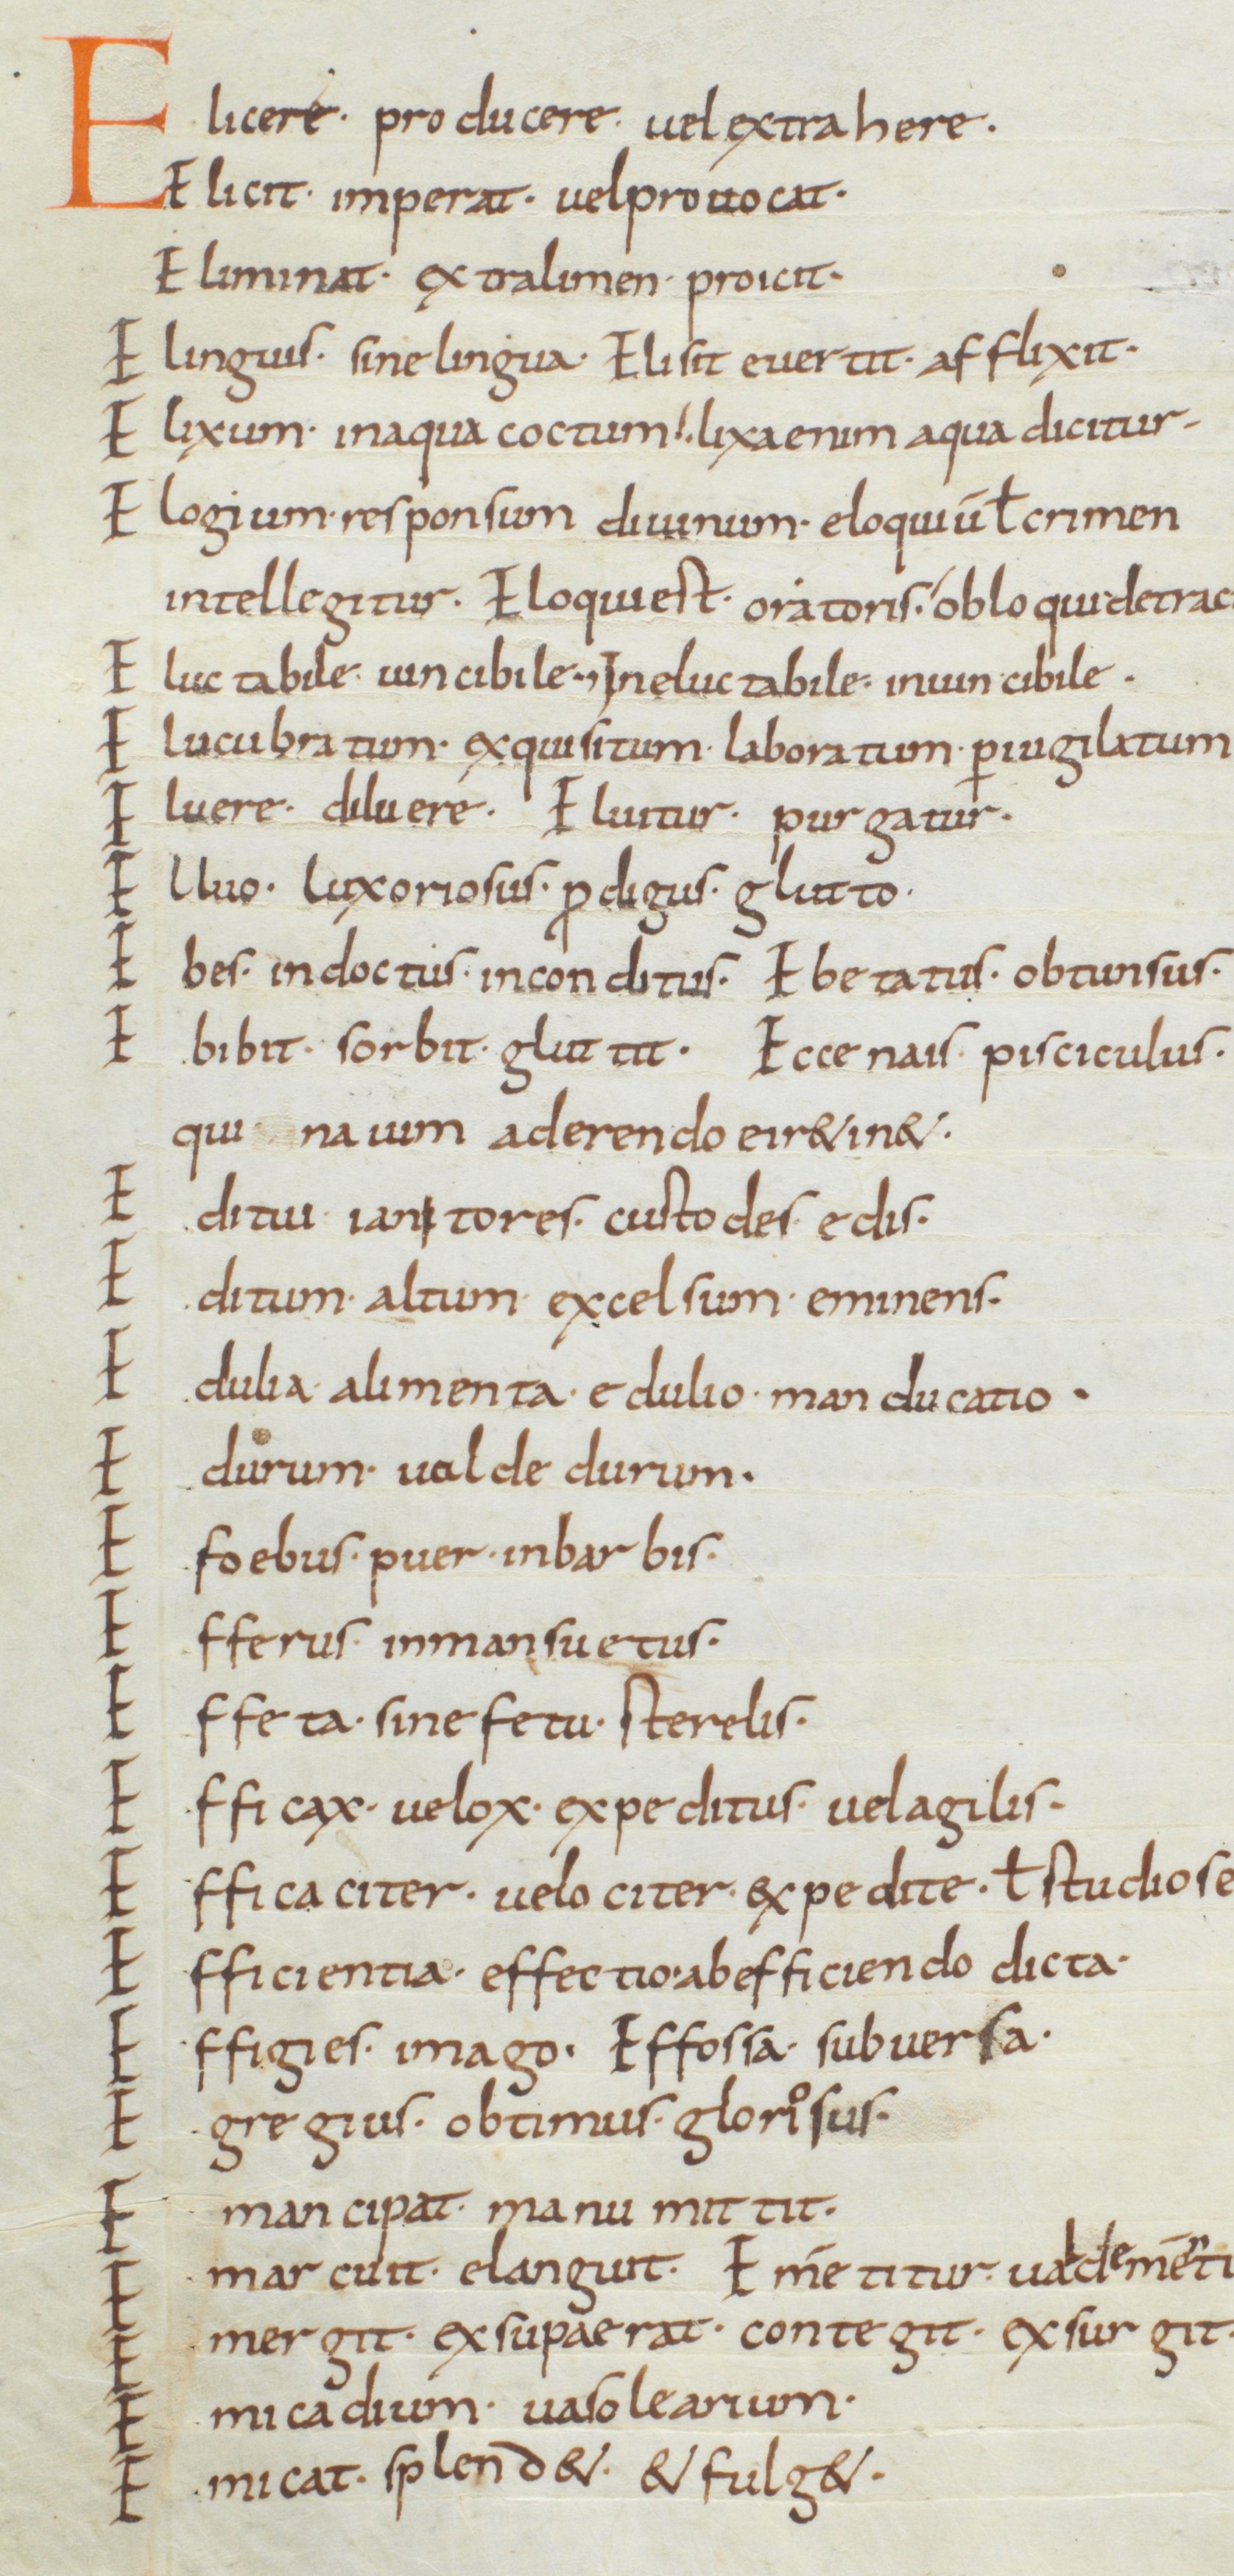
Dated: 850–899